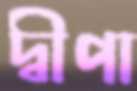
দ্বীপা